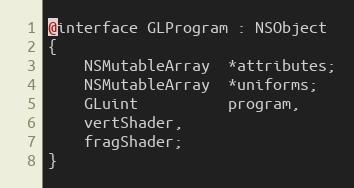
Language: C
@interface GLProgram : NSObject
{
    NSMutableArray  *attributes;
    NSMutableArray  *uniforms;
    GLuint          program,
	vertShader,
	fragShader;
}